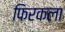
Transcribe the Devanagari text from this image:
फिरकला